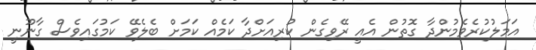
އަމަލުކުރެވެމުންދާ ގޮތުން އެއީ ރޭވިގެން ކުރިއަށްދާ ކަމެއް ކަަމަށް ބެލެވޭ ކަމުގައިވެސް ގާނޫނީ